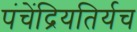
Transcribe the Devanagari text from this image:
पंचेंद्रियतिर्यच